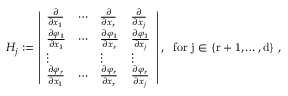
H _ { j } : = \left| \begin{array} { l l l l } { \frac { \partial } { \partial x _ { 1 } } } & { \cdots } & { \frac { \partial } { \partial x _ { r } } } & { \frac { \partial } { \partial x _ { j } } } \\ { \frac { \partial \varphi _ { 1 } } { \partial x _ { 1 } } } & { \cdots } & { \frac { \partial \varphi _ { 1 } } { \partial x _ { r } } } & { \frac { \partial \varphi _ { 1 } } { \partial x _ { j } } } \\ { \vdots } & & { \vdots } & { \vdots } \\ { \frac { \partial \varphi _ { r } } { \partial x _ { 1 } } } & { \cdots } & { \frac { \partial \varphi _ { r } } { \partial x _ { r } } } & { \frac { \partial \varphi _ { r } } { \partial x _ { j } } } \end{array} \right| , \; \mathrm { ~ f o r ~ j \in \{ r + 1 , \ldots , d \} ~ } ,